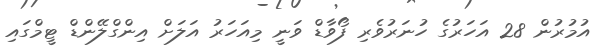
އުމުރުން 28 އަހަރުގެ ހުނަރުވެރި ފޯވާޑް ވަނީ މިއަހަރު އަލަށް އިންގްލޭންޑް ޓީމްގައި